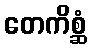
တေကိစ္ဆံ